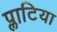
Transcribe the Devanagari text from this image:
प्लाटिया